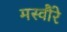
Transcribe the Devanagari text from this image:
मस्वौरे